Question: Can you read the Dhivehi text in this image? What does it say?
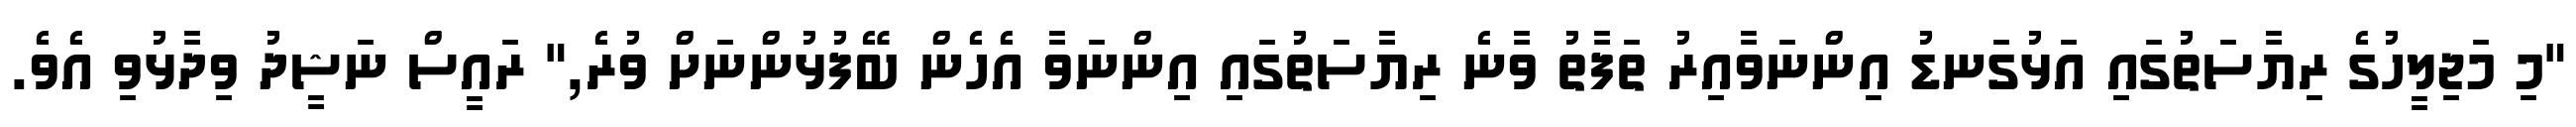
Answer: "މި މަޖިލީހުގެ ރިޔާސަތުގައި އަޅުގަނޑު އިންނަވާއިރު ތަފާތު ވާނެ ރިޔާސަތުގައި އިންނަވާ އެހެން ބޭފުޅުންނަށް ވުރެ," ރައީސް ނަޝީދު ވިދާޅުވި އެވެ.